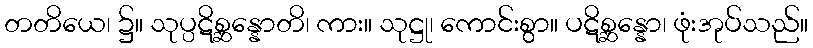
တတိယေ၊ ၌။ သုပ္ပဋိစ္ဆန္နောတိ၊ ကား။ သုဋ္ဌု၊ ကောင်းစွာ။ ပဋိစ္ဆန္နော၊ ဖုံးအုပ်သည်။